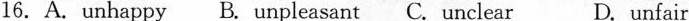
16. A. unhappy B. unpleasant C. Unclear D. unfair